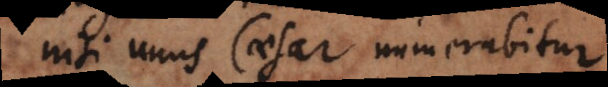
nisi unus Caesar numerabitur.